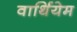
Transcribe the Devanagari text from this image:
वार्थियेम